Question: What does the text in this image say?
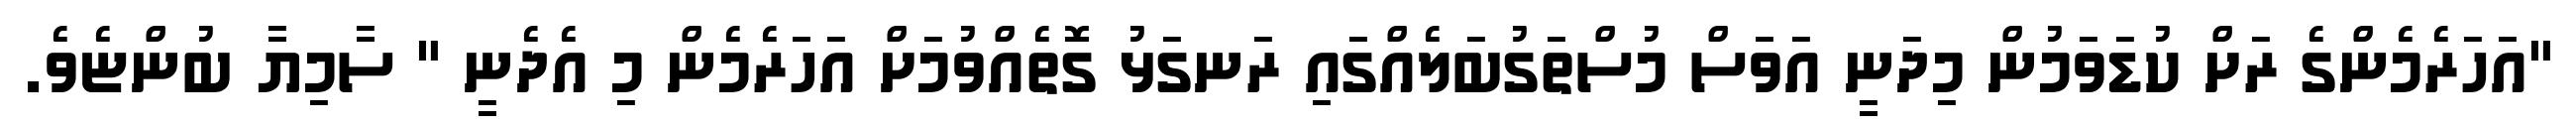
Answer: "އަހަރެމެންގެ ރަށް ކުޑަވަމުން މިދަނީ އަވަސް މުސްތަގުބަލެއްގައި ރަނގަޅު ގޮތެއްވުމަށް އަހަރެމެން މި އެދެނީ " ސާމިޔާ ބުންޏެވެ.